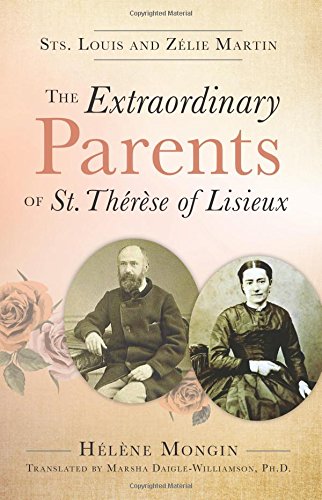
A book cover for The Extraordinary Parents of St. ThÃ©rÃ¨se of Lisieux: Sts. Louis and ZÃ©lie Martin; Helene Mongin; Christian Books & Bibles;